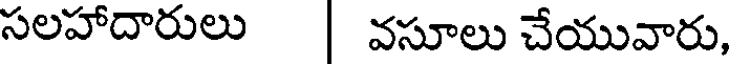
సలహాదారులు | వసూలు చేయువారు,